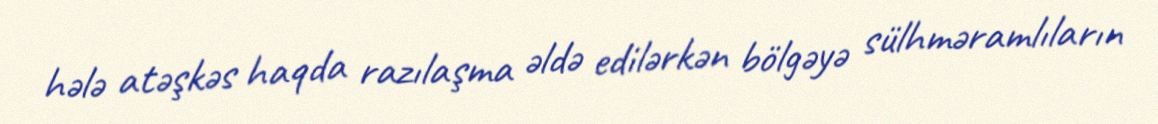
hələ atəşkəs haqda razılaşma əldə edilərkən bölgəyə sülhməramlıların